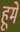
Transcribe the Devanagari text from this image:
हूमें